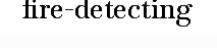
fire-detecting